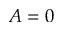
A = 0